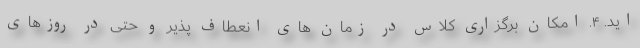
اید. ۴. امکان برگزاری کلاس در زمان های انعطاف پذیر و حتی در روزهای